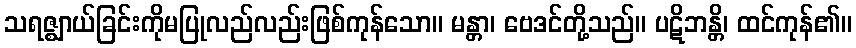
သရဇ္ဈာယ်ခြင်းကိုမပြုလည်လည်းဖြစ်ကုန်သော။ မန္တာ၊ ဗေဒင်တို့သည်။ ပဋိဘန္တိ၊ ထင်ကုန်၏။